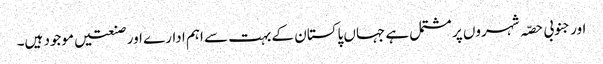
اور جنوبی حصّہ شہروں پر مشتمل ہے جہاں پاکستان کے بہت سے اہم ادارے اور صنعتیں موجود ہیں۔